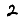
Digit: 2